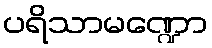
ပရိသာမဏ္ဍော